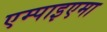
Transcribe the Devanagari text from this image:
एम्पाइएमा